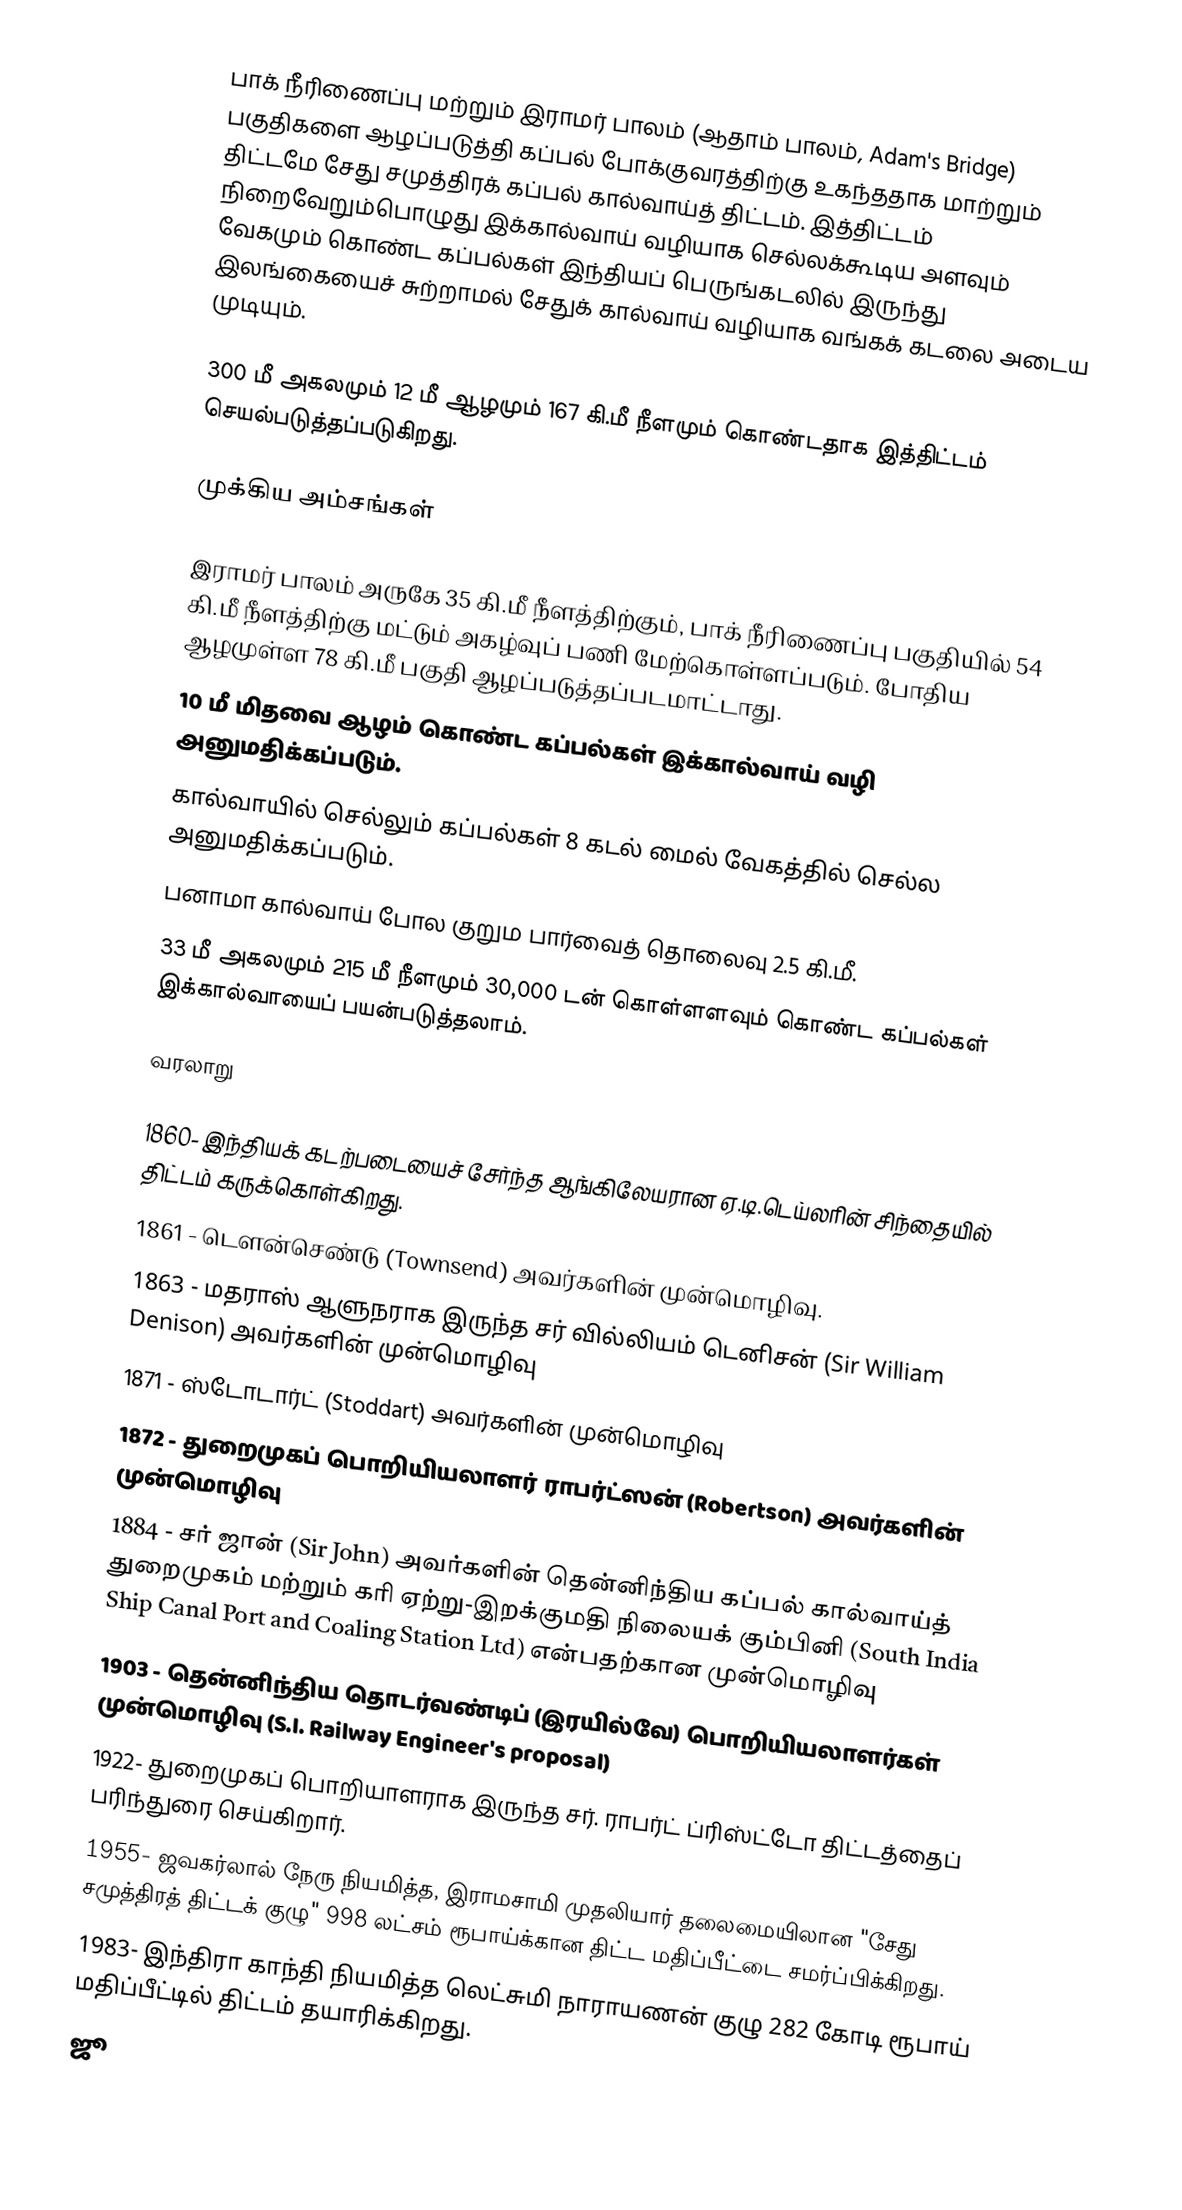
பாக் நீரிணைப்பு மற்றும் இராமர் பாலம் (ஆதாம் பாலம், Adam's Bridge)  பகுதிகளை ஆழப்படுத்தி கப்பல் போக்குவரத்திற்கு உகந்ததாக மாற்றும் திட்டமே சேது சமுத்திரக் கப்பல் கால்வாய்த் திட்டம். இத்திட்டம் நிறைவேறும்பொழுது இக்கால்வாய் வழியாக செல்லக்கூடிய அளவும் வேகமும் கொண்ட கப்பல்கள் இந்தியப் பெருங்கடலில் இருந்து இலங்கையைச் சுற்றாமல் சேதுக் கால்வாய் வழியாக வங்கக் கடலை அடைய முடியும்.

300 மீ அகலமும் 12 மீ ஆழமும் 167 கி.மீ நீளமும் கொண்டதாக இத்திட்டம் செயல்படுத்தப்படுகிறது.

முக்கிய அம்சங்கள்

 இராமர் பாலம் அருகே 35 கி.மீ நீளத்திற்கும், பாக் நீரிணைப்பு பகுதியில் 54 கி.மீ நீளத்திற்கு மட்டும் அகழ்வுப் பணி மேற்கொள்ளப்படும். போதிய ஆழமுள்ள 78 கி.மீ பகுதி ஆழப்படுத்தப்படமாட்டாது.
 10 மீ மிதவை ஆழம் கொண்ட கப்பல்கள் இக்கால்வாய் வழி அனுமதிக்கப்படும்.
 கால்வாயில் செல்லும் கப்பல்கள் 8 கடல் மைல் வேகத்தில் செல்ல அனுமதிக்கப்படும்.
 பனாமா கால்வாய் போல குறும பார்வைத் தொலைவு 2.5 கி.மீ.
 33 மீ அகலமும் 215 மீ நீளமும் 30,000 டன் கொள்ளளவும் கொண்ட கப்பல்கள் இக்கால்வாயைப் பயன்படுத்தலாம்.

வரலாறு

1860- இந்தியக் கடற்படையைச் சேர்ந்த ஆங்கிலேயரான ஏ.டி.டெய்லரின் சிந்தையில் திட்டம் கருக்கொள்கிறது.
1861  - டௌன்செண்டு (Townsend) அவர்களின் முன்மொழிவு.
1863  - மதராஸ் ஆளுநராக இருந்த  சர் வில்லியம் டெனிசன் (Sir William Denison) அவர்களின் முன்மொழிவு
1871  - ஸ்டோடார்ட் (Stoddart) அவர்களின் முன்மொழிவு
1872  - துறைமுகப் பொறியியலாளர்  ராபர்ட்ஸன் (Robertson) அவர்களின் முன்மொழிவு
1884  -  சர் ஜான் (Sir John) அவர்களின் தென்னிந்திய கப்பல் கால்வாய்த் துறைமுகம் மற்றும் கரி ஏற்று-இறக்குமதி நிலையக் கும்பினி (South India Ship Canal Port and Coaling Station Ltd) என்பதற்கான முன்மொழிவு
1903  - தென்னிந்திய தொடர்வண்டிப் (இரயில்வே) பொறியியலாளர்கள் முன்மொழிவு (S.I. Railway Engineer's proposal)
1922- துறைமுகப் பொறியாளராக இருந்த சர். ராபர்ட் ப்ரிஸ்ட்டோ திட்டத்தைப் பரிந்துரை செய்கிறார்.
1955- ஜவகர்லால் நேரு நியமித்த, இராமசாமி முதலியார் தலைமையிலான "சேது சமுத்திரத் திட்டக் குழு" 998 லட்சம் ரூபாய்க்கான திட்ட மதிப்பீட்டை சமர்ப்பிக்கிறது.
1983- இந்திரா காந்தி நியமித்த லெட்சுமி நாராயணன் குழு 282 கோடி ரூபாய் மதிப்பீட்டில் திட்டம் தயாரிக்கிறது.
ஜூ